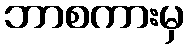
ဘာစကားမှ